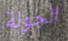
الجولة